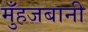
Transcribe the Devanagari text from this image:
मुँहजबानी